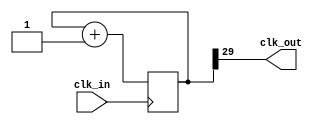
module prescaler(input wire clk_in, output wire clk_out);
  parameter BITS = 30;

  reg [BITS-1:0] count = 0;

  assign clk_out = count[BITS-1];

  always @ ( posedge(clk_in) ) begin
    count <= count + 1;
  end
endmodule

module blink4(input wire clk_in, output reg [3:0] dout = 0, output wire GREEN);
  parameter BITS = 22;

  wire clk_base;

  wire [3:0] din;

  prescaler #(.BITS(BITS))
    PRES(
      .clk_in(clk_in),
      .clk_out(clk_base)
      );

  always @ ( posedge(clk_base) ) begin
    dout <= din;
  end

  assign din = ~dout;

  assign GREEN = ~dout[0];

  assign data = dout;

endmodule